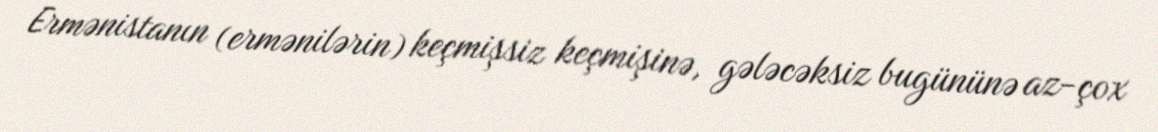
Ermənistanın (ermənilərin) keçmişsiz keçmişinə, gələcəksiz bugününə az-çox